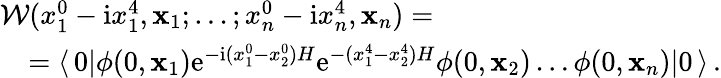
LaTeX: \begin{array}{l}{{{\cal W}(x_{1}^{0}-\mathrm{i}x_{1}^{4},{\mathbf x_{1}};\dots;x_{n}^{0}-\mathrm{i}x_{n}^{4},{\mathbf x_{n}})=}}\\ {{\quad=\langle\, 0|\phi(0,{\mathbf x_{1}})\mathrm{e}^{-\mathrm{i}(x_{1}^{0}-x_{2}^{0})H}\mathrm{e}^{-(x_{1}^{4}-x_{2}^{4})H}\phi(0,{\mathbf x_{2}})\dots\phi(0,{\mathbf x_{n}})|0\, \rangle\, .}}\end{array}